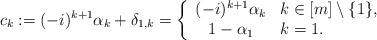
LaTeX: \begin{align*} c_k := (-i)^{k+1}\alpha_k + \delta_{1,k} = \left\{ \begin{array}{cl} (-i)^{k+1}\alpha_k & k\in [m]\setminus \{1\}, \\ 1-\alpha_1 & k=1. \end{array} \right.\end{align*}